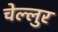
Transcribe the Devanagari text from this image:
चेल्लुर